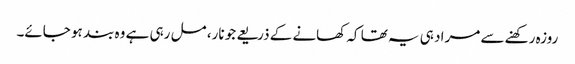
روزہ رکھنے سے مراد ہی یہ تھا کہ کھانے کے ذریعے جو نار، مل رہی ہے وہ بند ہو جائے۔